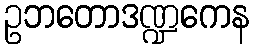
ဥဘတောဒဏ္ဍကေန